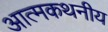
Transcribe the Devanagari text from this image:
आत्मकथनीय